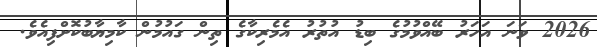
2026 ވަނަ އަހަރު ބޭއްވުމުގެ ބިޑު އުތުރު އެމެރިކާގެ ތިން ގައުމުން ކާމިޔާބުކޮށްފިއެވެ.